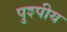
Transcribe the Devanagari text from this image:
पुश्पीय